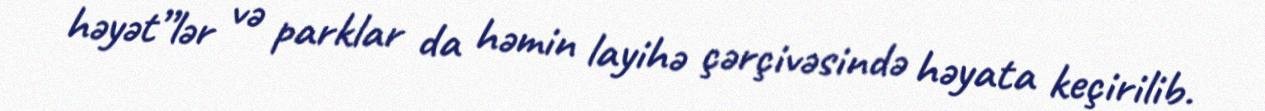
həyət”lər və parklar da həmin layihə çərçivəsində həyata keçirilib.